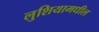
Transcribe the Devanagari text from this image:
लुशियामधील